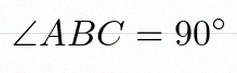
\angle ABC=90^\circ